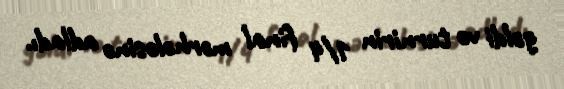
gəldi və turnirin 1/4 final mərhələsinə adladı.